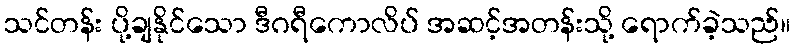
သင်တန်း ပို့ချနိုင်သော ဒီဂရီကောလိပ် အဆင့်အတန်းသို့ ရောက်ခဲ့သည်။